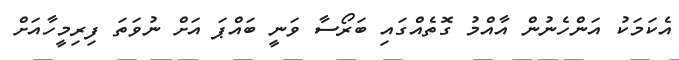
އެކަމަކު އަންހެނުން އާއްމު ގޮތެއްގައި ބަރޯސާ ވަނީ ބައްޕަ އަށް ނުވަތަ ފިރިމީހާއަށް